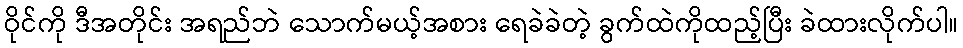
ဝိုင်ကို ဒီအတိုင်း အရည်ဘဲ သောက်မယ့်အစား ရေခဲခဲတဲ့ ခွက်ထဲကိုထည့်ပြီး ခဲထားလိုက်ပါ။